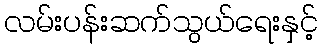
လမ်းပန်းဆက်သွယ်ရေးနှင့်